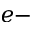
e \mathrm { - }